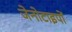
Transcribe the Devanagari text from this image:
जेनोटाइपों